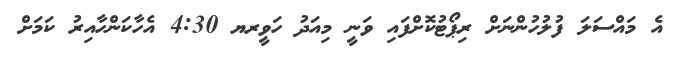
އެ މައްސަލަ ފުލުހުންނަށް ރިޕޯޓުކޮށްފައި ވަނީ މިއަދު ހަވީރޔ 4:30 އެހާކަންހާއިރު ކަމަށް